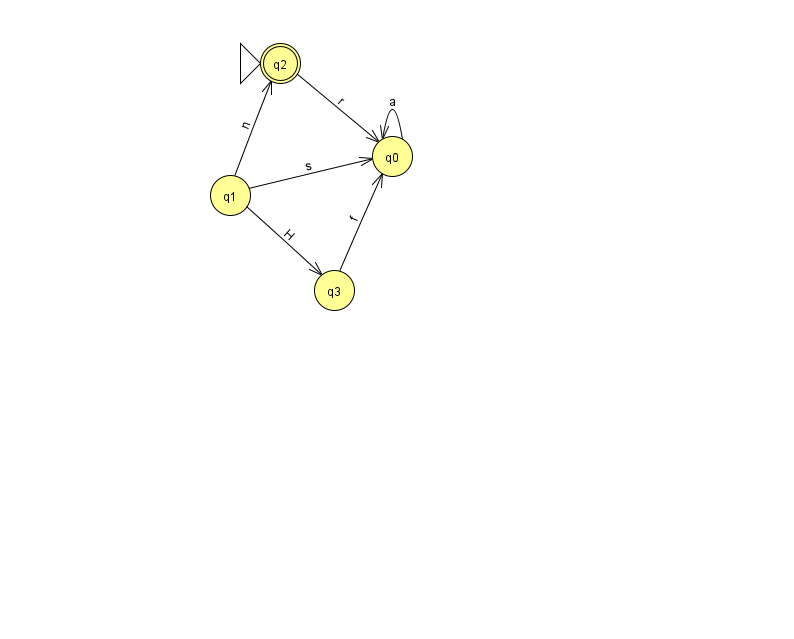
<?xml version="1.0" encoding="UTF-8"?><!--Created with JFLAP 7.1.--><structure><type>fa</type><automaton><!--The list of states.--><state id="0" name="q0"><x>392.0</x><y>143.0</y></state><state id="1" name="q1"><x>230.0</x><y>182.0</y></state><state id="2" name="q2"><x>280.0</x><y>50.0</y><initial/><final/></state><state id="3" name="q3"><x>334.0</x><y>277.0</y></state><!--The list of transitions.--><transition><from>0</from><to>0</to><read>a</read></transition><transition><from>1</from><to>0</to><read>s</read></transition><transition><from>1</from><to>3</to><read>H</read></transition><transition><from>1</from><to>2</to><read>n</read></transition><transition><from>2</from><to>0</to><read>r</read></transition><transition><from>3</from><to>0</to><read>f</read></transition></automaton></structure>